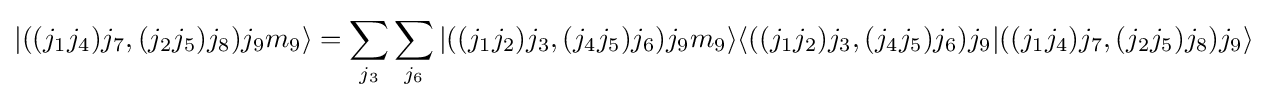
|((j_{1}j_{4})j_{7},(j_{2}j_{5})j_{8})j_{9}m_{9}\rangle =\sum _{j_{3}}\sum _{j_{6}}|((j_{1}j_{2})j_{3},(j_{4}j_{5})j_{6})j_{9}m_{9}\rangle \langle ((j_{1}j_{2})j_{3},(j_{4}j_{5})j_{6})j_{9}|((j_{1}j_{4})j_{7},(j_{2}j_{5})j_{8})j_{9}\rangle